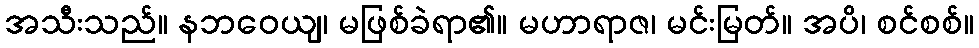
အသီးသည်။ နဘဝေယျ၊ မဖြစ်ခဲရာ၏။ မဟာရာဇ၊ မင်းမြတ်။ အပိ၊ စင်စစ်။